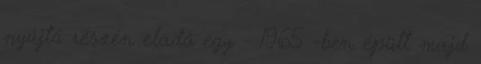
nyújtó részén eladó egy - 1965 -ben épült majd